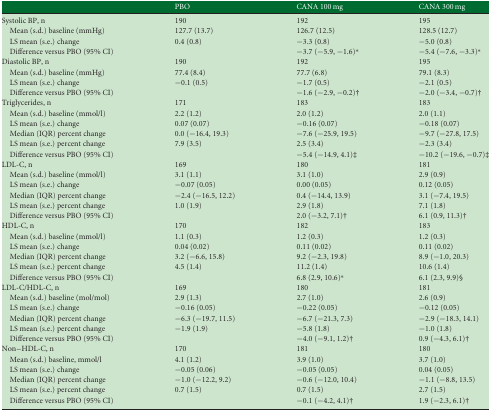
<table><thead><tr><td></td><td><b>PBO</b></td><td><b>CANA 100 mg</b></td><td><b>CANA 300 mg</b></td></tr></thead><tbody><tr><td>Systolic BP, n</td><td>190</td><td>192</td><td>195</td></tr><tr><td> Mean (s.d.) baseline (mmHg)</td><td>127.7 (13.7)</td><td>126.7 (12.5)</td><td>128.5 (12.7)</td></tr><tr><td> LS mean (s.e.) change</td><td>0.4 (0.8)</td><td>−3.3 (0.8)</td><td>−5.0 (0.8)</td></tr><tr><td> Difference versus PBO (95% CI)</td><td></td><td>−3.7 (−5.9, −1.6)*</td><td>−5.4 (−7.6, −3.3)*</td></tr><tr><td>Diastolic BP, n</td><td>190</td><td>192</td><td>195</td></tr><tr><td> Mean (s.d.) baseline (mmHg)</td><td>77.4 (8.4)</td><td>77.7 (6.8)</td><td>79.1 (8.3)</td></tr><tr><td> LS mean (s.e.) change</td><td>−0.1 (0.5)</td><td>−1.7 (0.5)</td><td>−2.1 (0.5)</td></tr><tr><td> Difference versus PBO (95% CI)</td><td></td><td>−1.6 (−2.9, −0.2)†</td><td>−2.0 (−3.4, −0.7)†</td></tr><tr><td>Triglycerides, n</td><td>171</td><td>183</td><td>183</td></tr><tr><td> Mean (s.d.) baseline (mmol/l)</td><td>2.2 (1.2)</td><td>2.0 (1.2)</td><td>2.0 (1.1)</td></tr><tr><td> LS mean (s.e.) change</td><td>0.07 (0.07)</td><td>−0.16 (0.07)</td><td>−0.18 (0.07)</td></tr><tr><td> Median (IQR) percent change</td><td>0.0 (−16.4, 19.3)</td><td>−7.6 (−25.9, 19.5)</td><td>−9.7 (−27.8, 17.5)</td></tr><tr><td> LS mean (s.e.) percent change</td><td>7.9 (3.5)</td><td>2.5 (3.4)</td><td>−2.3 (3.4)</td></tr><tr><td> Difference versus PBO (95% CI)</td><td></td><td>−5.4 (−14.9, 4.1)‡</td><td>−10.2 (−19.6, −0.7)‡</td></tr><tr><td>LDL-C, n</td><td>169</td><td>180</td><td>181</td></tr><tr><td> Mean (s.d.) baseline (mmol/l)</td><td>3.1 (1.1)</td><td>3.1 (1.0)</td><td>2.9 (0.9)</td></tr><tr><td> LS mean (s.e.) change</td><td>−0.07 (0.05)</td><td>0.00 (0.05)</td><td>0.12 (0.05)</td></tr><tr><td> Median (IQR) percent change</td><td>−2.4 (−16.5, 12.2)</td><td>0.4 (−14.4, 13.9)</td><td>3.1 (−7.4, 19.5)</td></tr><tr><td> LS mean (s.e.) percent change</td><td>1.0 (1.9)</td><td>2.9 (1.8)</td><td>7.1 (1.8)</td></tr><tr><td> Difference versus PBO (95% CI)</td><td></td><td>2.0 (−3.2, 7.1)†</td><td>6.1 (0.9, 11.3)†</td></tr><tr><td>HDL-C, n</td><td>170</td><td>182</td><td>183</td></tr><tr><td> Mean (s.d.) baseline (mmol/l)</td><td>1.1 (0.3)</td><td>1.2 (0.3)</td><td>1.2 (0.3)</td></tr><tr><td> LS mean (s.e.) change</td><td>0.04 (0.02)</td><td>0.11 (0.02)</td><td>0.11 (0.02)</td></tr><tr><td> Median (IQR) percent change</td><td>3.2 (−6.6, 15.8)</td><td>9.2 (−2.3, 19.8)</td><td>8.9 (−1.0, 20.3)</td></tr><tr><td> LS mean (s.e.) percent change</td><td>4.5 (1.4)</td><td>11.2 (1.4)</td><td>10.6 (1.4)</td></tr><tr><td> Difference versus PBO (95% CI)</td><td></td><td>6.8 (2.9, 10.6)*</td><td>6.1 (2.3, 9.9)§</td></tr><tr><td>LDL-C/HDL-C, n</td><td>169</td><td>180</td><td>181</td></tr><tr><td> Mean (s.d.) baseline (mol/mol)</td><td>2.9 (1.3)</td><td>2.7 (1.0)</td><td>2.6 (0.9)</td></tr><tr><td> LS mean (s.e.) change</td><td>−0.16 (0.05)</td><td>−0.22 (0.05)</td><td>−0.12 (0.05)</td></tr><tr><td> Median (IQR) percent change</td><td>−6.3 (−19.7, 11.5)</td><td>−6.7 (−21.3, 7.3)</td><td>−2.9 (−18.3, 14.1)</td></tr><tr><td> LS mean (s.e.) percent change</td><td>−1.9 (1.9)</td><td>−5.8 (1.8)</td><td>−1.0 (1.8)</td></tr><tr><td> Difference versus PBO (95% CI)</td><td></td><td>−4.0 (−9.1, 1.2)†</td><td>0.9 (−4.3, 6.1)†</td></tr><tr><td>Non–HDL-C, n</td><td>170</td><td>181</td><td>180</td></tr><tr><td> Mean (s.d.) baseline, mmol/l</td><td>4.1 (1.2)</td><td>3.9 (1.0)</td><td>3.7 (1.0)</td></tr><tr><td> LS mean (s.e.) change</td><td>−0.05 (0.06)</td><td>−0.05 (0.05)</td><td>0.04 (0.05)</td></tr><tr><td> Median (IQR) percent change</td><td>−1.0 (−12.2, 9.2)</td><td>−0.6 (−12.0, 10.4)</td><td>−1.1 (−8.8, 13.5)</td></tr><tr><td> LS mean (s.e.) percent change</td><td>0.7 (1.5)</td><td>0.7 (1.5)</td><td>2.7 (1.5)</td></tr><tr><td> Difference versus PBO (95% CI)</td><td></td><td>−0.1 (−4.2, 4.1)†</td><td>1.9 (−2.3, 6.1)†</td></tr></tbody></table>